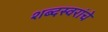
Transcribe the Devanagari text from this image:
शब्दस्वरांचे